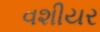
વશીયર